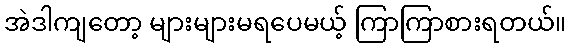
အဲဒါကျတော့ များများမရပေမယ့် ကြာကြာစားရတယ်။